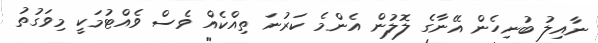
ނާއިލު ބުނިހެން އޭނާގެ ލޮލުން އެންމެ ކަރުނަ ތިއްކެއް ވެސް ވެއްޓުމަކީ މިވަގުތު